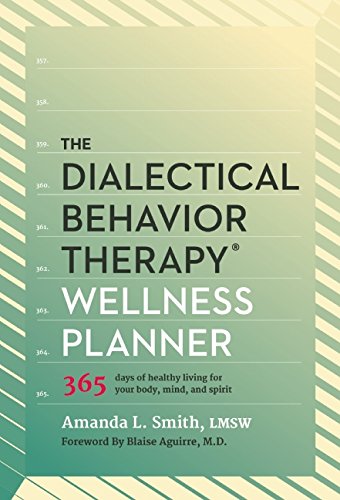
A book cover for The Dialectical Behavior Therapy Wellness Planner: 365 Days of Healthy Living for Your Body, Mind, and Spirit; Amanda L. Smith; Self-Help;